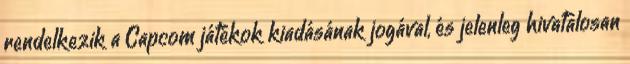
rendelkezik a Capcom játékok kiadásának jogával, és jelenleg hivatalosan